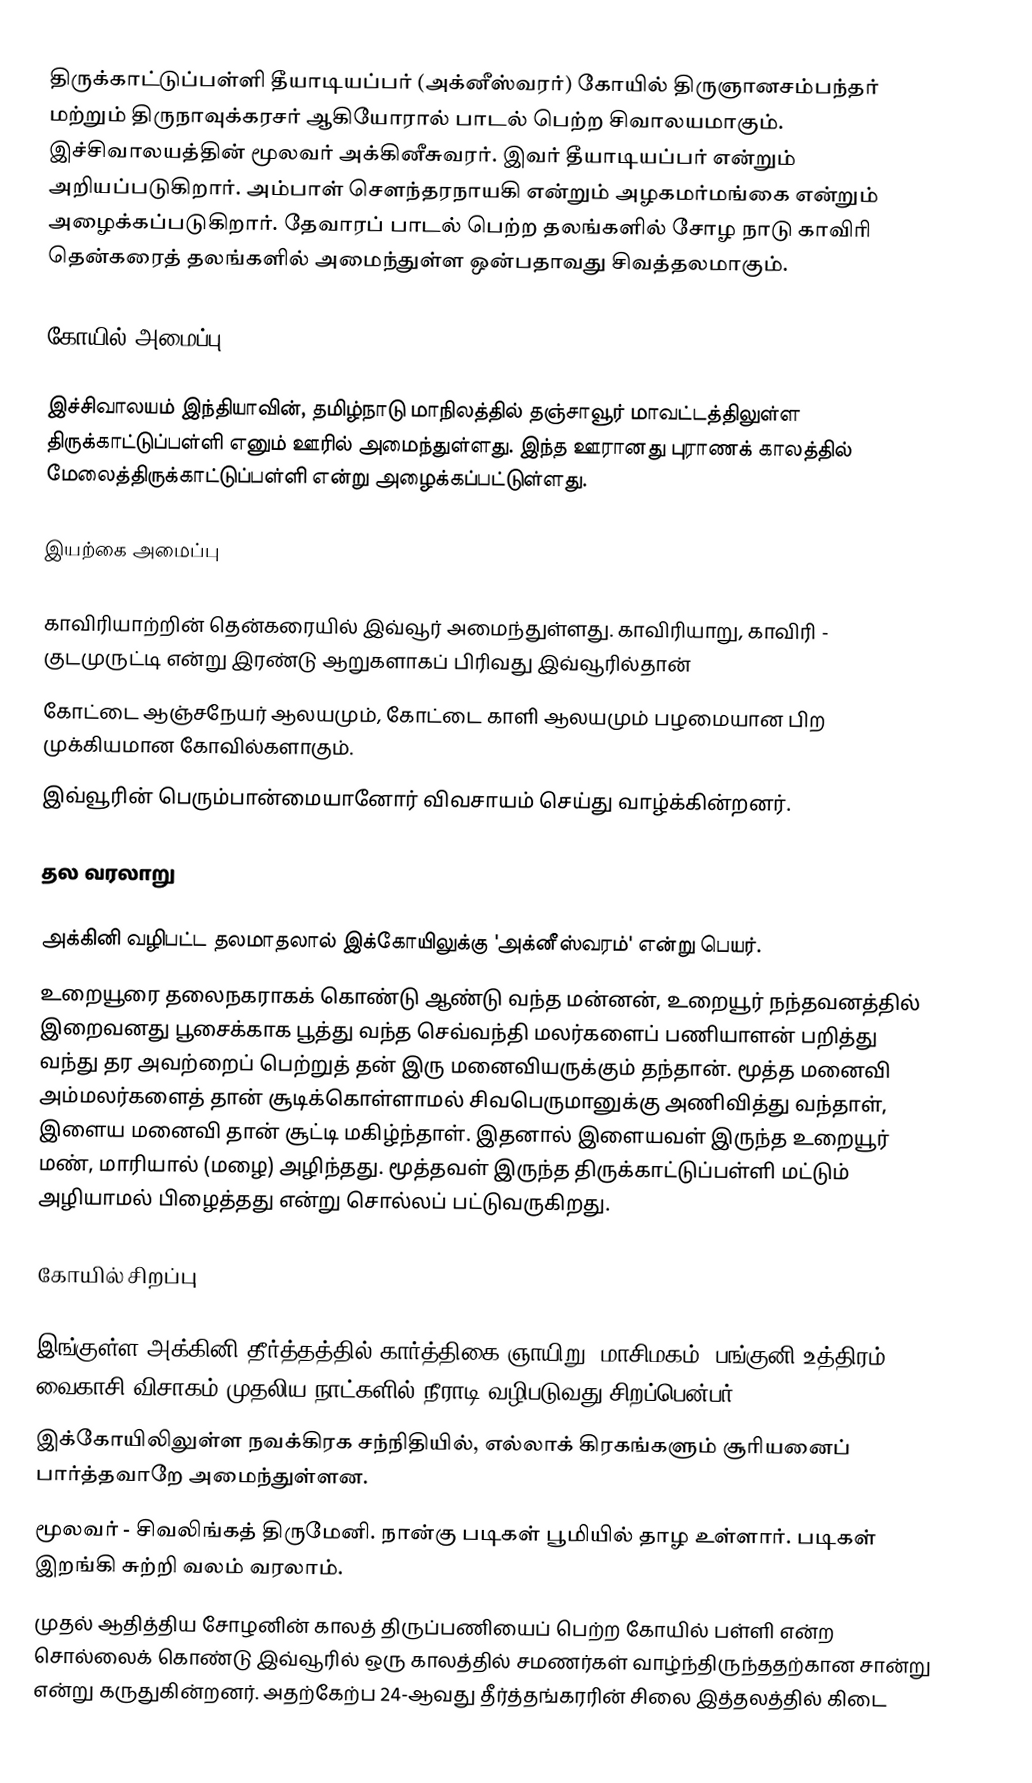
திருக்காட்டுப்பள்ளி தீயாடியப்பர் (அக்னீஸ்வரர்) கோயில் திருஞானசம்பந்தர் மற்றும் திருநாவுக்கரசர் ஆகியோரால் பாடல் பெற்ற சிவாலயமாகும். இச்சிவாலயத்தின் மூலவர் அக்கினீசுவரர். இவர் தீயாடியப்பர் என்றும் அறியப்படுகிறார். அம்பாள் சௌந்தரநாயகி என்றும் அழகமர்மங்கை என்றும் அழைக்கப்படுகிறார். தேவாரப் பாடல் பெற்ற தலங்களில் சோழ நாடு காவிரி தென்கரைத் தலங்களில் அமைந்துள்ள ஒன்பதாவது சிவத்தலமாகும்.

கோயில் அமைப்பு

இச்சிவாலயம் இந்தியாவின், தமிழ்நாடு மாநிலத்தில் தஞ்சாவூர் மாவட்டத்திலுள்ள திருக்காட்டுப்பள்ளி எனும் ஊரில் அமைந்துள்ளது. இந்த ஊரானது புராணக் காலத்தில் மேலைத்திருக்காட்டுப்பள்ளி என்று அழைக்கப்பட்டுள்ளது.

இயற்கை அமைப்பு

காவிரியாற்றின் தென்கரையில் இவ்வூர் அமைந்துள்ளது. காவிரியாறு, காவிரி - குடமுருட்டி என்று இரண்டு ஆறுகளாகப் பிரிவது இவ்வூரில்தான்
கோட்டை ஆஞ்சநேயர் ஆலயமும், கோட்டை காளி ஆலயமும் பழமையான பிற முக்கியமான கோவில்களாகும்.
இவ்வூரின் பெரும்பான்மையானோர் விவசாயம் செய்து வாழ்க்கின்றனர்.

தல வரலாறு

அக்கினி வழிபட்ட தலமாதலால்  இக்கோயிலுக்கு 'அக்னீஸ்வரம்' என்று பெயர்.
உறையூரை தலைநகராகக் கொண்டு ஆண்டு வந்த மன்னன், உறையூர் நந்தவனத்தில் இறைவனது பூசைக்காக பூத்து வந்த செவ்வந்தி மலர்களைப் பணியாளன் பறித்து வந்து தர அவற்றைப் பெற்றுத் தன் இரு மனைவியருக்கும் தந்தான். மூத்த மனைவி அம்மலர்களைத் தான் சூடிக்கொள்ளாமல் சிவபெருமானுக்கு அணிவித்து வந்தாள், இளைய மனைவி தான் சூட்டி மகிழ்ந்தாள். இதனால் இளையவள் இருந்த உறையூர் மண், மாரியால் (மழை) அழிந்தது. மூத்தவள் இருந்த திருக்காட்டுப்பள்ளி மட்டும் அழியாமல் பிழைத்தது என்று சொல்லப் பட்டுவருகிறது.

கோயில் சிறப்பு

இங்குள்ள அக்கினி தீர்த்தத்தில் கார்த்திகை ஞாயிறு, மாசிமகம், பங்குனி உத்திரம், வைகாசி விசாகம் முதலிய நாட்களில் நீராடி வழிபடுவது சிறப்பென்பர்.
இக்கோயிலிலுள்ள நவக்கிரக சந்நிதியில், எல்லாக் கிரகங்களும் சூரியனைப் பார்த்தவாறே அமைந்துள்ளன.
மூலவர் - சிவலிங்கத் திருமேனி. நான்கு படிகள் பூமியில் தாழ உள்ளார். படிகள் இறங்கி சுற்றி வலம் வரலாம்.
முதல் ஆதித்திய சோழனின் காலத் திருப்பணியைப் பெற்ற கோயில் பள்ளி  என்ற சொல்லைக் கொண்டு இவ்வூரில் ஒரு காலத்தில் சமணர்கள் வாழ்ந்திருந்ததற்கான சான்று என்று கருதுகின்றனர். அதற்கேற்ப 24-ஆவது தீர்த்தங்கரரின் சிலை இத்தலத்தில் கிடை